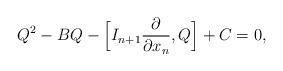
LaTeX: \begin{align*} Q^2 - BQ - \Bigl[I_{n+1}\frac{\partial }{\partial x_n},Q\Bigr] + C = 0, \end{align*}